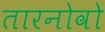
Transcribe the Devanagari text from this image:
तारनोवो